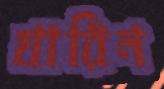
যারিন